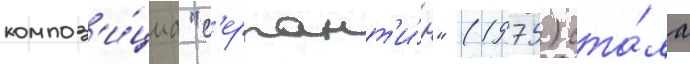
композ'и́циа "с'ерпант'и́н" (1975) ста́ла